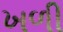
ખળી